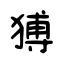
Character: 猼